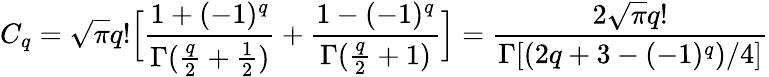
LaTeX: C_{q}=\sqrt{\pi}q!\Big[\frac{1+(-1)^{q}}{\Gamma(\frac{q}{2}+\frac{1}{2})}+\frac{1-(-1)^{q}}{\Gamma(\frac{q}{2}+1)}\Big]=\frac{2\sqrt{\pi}q!}{\Gamma[(2q+3-(-1)^{q})/4]}